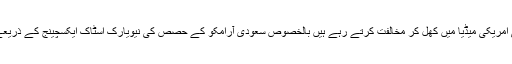
شہزادہ الولید بن طلال، محمد بن سلمان کے وژن 2030ء کی امریکی میڈیا میں کھل کر مخالفت کرتے رہے ہیں بالخصوص سعودی آرامکو کے حصص کی نیویارک اسٹاک ایکسچینج کے ذریعے فروخت کے عمل کی شہزادہ ولید نے کھل کر مخالفت کی۔